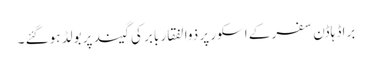
براڈ ہاڈن سفر کے اسکور پر ذوالفقار بابر کی گیند پر بولڈ ہوگئے ۔